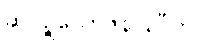
ဆပ္ပဉ္စယောဇနာနိပီတိ